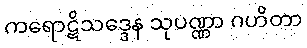
ကရောဋိသဒ္ဒေန သုပဏ္ဏာ ဂဟိတာ